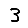
Digit: 3